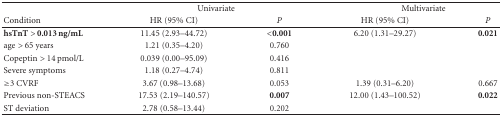
<table><thead><tr><td></td><td colspan="2"><b>Univariate</b></td><td colspan="2"><b>Multivariate</b></td></tr><tr><td><b>Condition</b></td><td><b>HR (95% CI)</b></td><td><b><i>P</i></b></td><td><b>HR (95% CI)</b></td><td><b><i>P</i></b></td></tr></thead><tbody><tr><td><b>hsTnT &gt; 0.013 ng/mL</b></td><td>11.45 (2.93–44.72)</td><td><b>&lt;0.001</b></td><td>6.20 (1.31–29.27)</td><td><b>0.021</b></td></tr><tr><td>age &gt; 65 years</td><td>1.21 (0.35–4.20)</td><td>0.760</td><td></td><td></td></tr><tr><td>Copeptin &gt; 14 pmol/L</td><td>0.039 (0.00–95.09)</td><td>0.416</td><td></td><td></td></tr><tr><td>Severe symptoms</td><td>1.18 (0.27–4.74)</td><td>0.811</td><td></td><td></td></tr><tr><td>≥3 CVRF</td><td>3.67 (0.98–13.68)</td><td>0.053</td><td>1.39 (0.31–6.20)</td><td>0.667</td></tr><tr><td>Previous non-STEACS</td><td>17.53 (2.19–140.57)</td><td><b>0.007</b></td><td>12.00 (1.43–100.52)</td><td><b>0.022</b></td></tr><tr><td>ST deviation</td><td>2.78 (0.58–13.44)</td><td>0.202</td><td></td><td></td></tr></tbody></table>